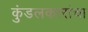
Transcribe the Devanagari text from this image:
कुंडलकारांचा